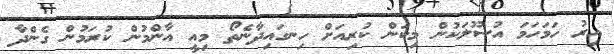
އިރު ހަމަހަމަ އުސޫލަކުން މިކަން ކުރިއަށް ހިނގައިދާނެތޯ މިއީ އާންމުން ކުރަމުން ގެންދާ